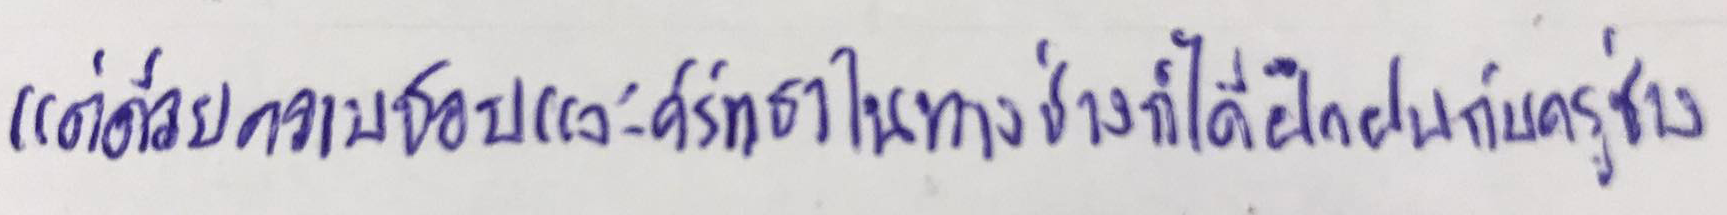
แต่ด้วยความชอบและศรัทธาในทางช่างก็ได้ฝึกฝนกับครูช่าง